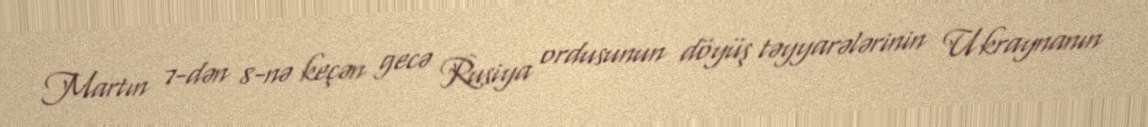
Martın 7-dən 8-nə keçən gecə Rusiya ordusunun döyüş təyyarələrinin Ukraynanın